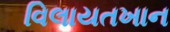
વિલાયતખાન